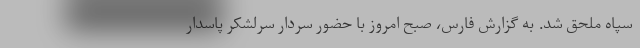
سپاه ملحق شد. به گزارش فارس، صبح امروز با حضور سردار سرلشکر پاسدار